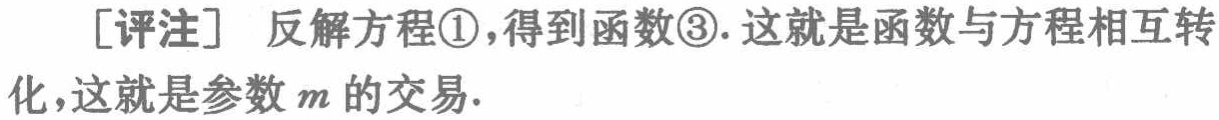
[评注] 反解方程\textcircled{1}，得到函数\textcircled{3}. 这就是函数与方程相互转化，这就是参数\(m\)的交易.